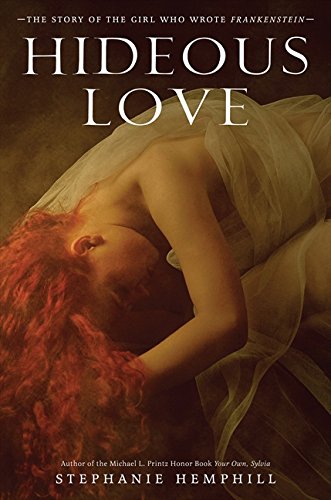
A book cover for Hideous Love: The Story of the Girl Who Wrote Frankenstein; Stephanie Hemphill; Teen & Young Adult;